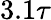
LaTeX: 3.1\tau